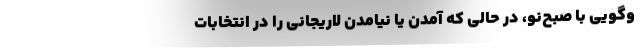
‌وگویی با صبح‌نو، در حالی که آمدن یا نیامدن لاریجانی را در انتخابات